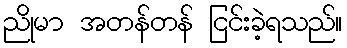
ညိုမာ အတန်တန် ငြင်းခဲ့ရသည်။